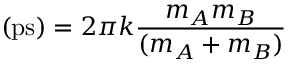
\mathrm { ( p s ) } = 2 \pi k { \frac { m _ { A } m _ { B } } { ( m _ { A } + m _ { B } ) } }